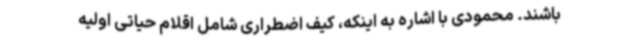
باشند. محمودی با اشاره به اینکه، کیف اضطراری شامل اقلام حیاتی اولیه